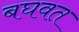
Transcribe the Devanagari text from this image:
बघवत